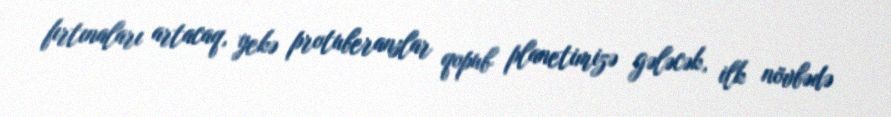
fırtınaları artacaq, yekə protuberanslar qopub planetimizə gələcək, ilk növbədə